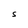
Character: S